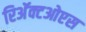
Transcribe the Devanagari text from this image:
रिअॅक्टओएस